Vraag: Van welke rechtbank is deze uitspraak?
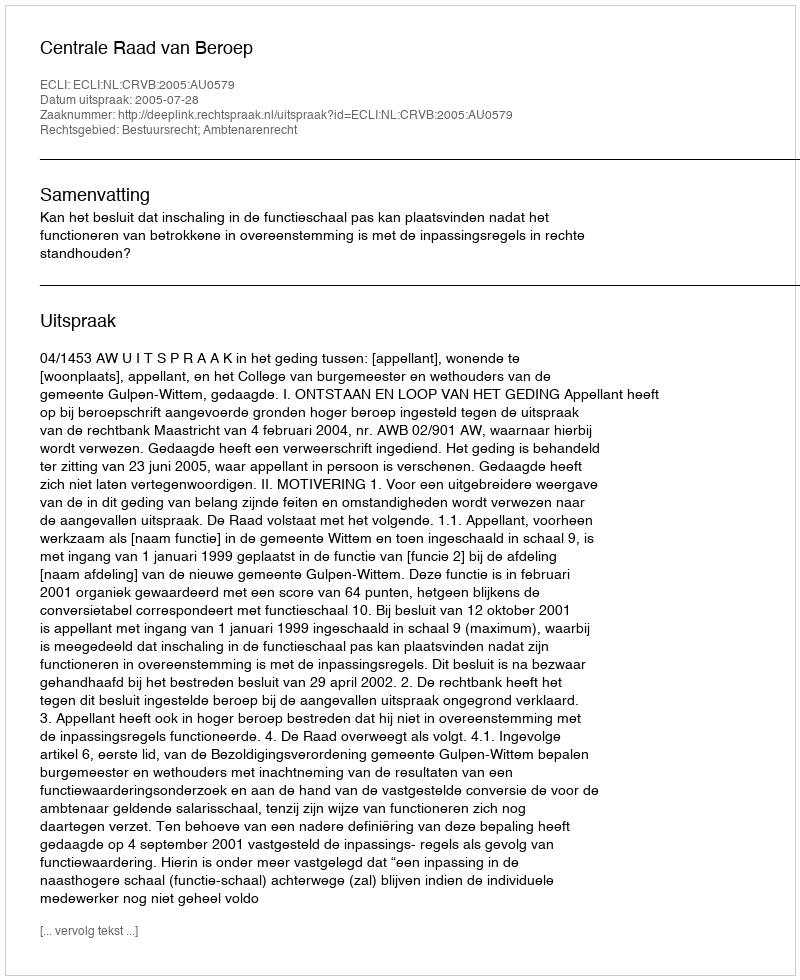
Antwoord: Centrale Raad van Beroep